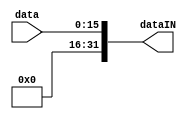
module IN (
	input [15:0] data,
	output [31:0] dataIN
);

	assign dataIN = {16'd0, data};
	
endmodule